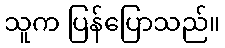
သူက ပြန်ပြောသည်။